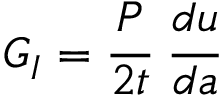
G _ { I } = { \cfrac { P } { 2 t } } ~ { \cfrac { d u } { d a } }